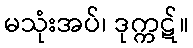
မသုံးအပ်၊ ဒုက္ကဋ်။